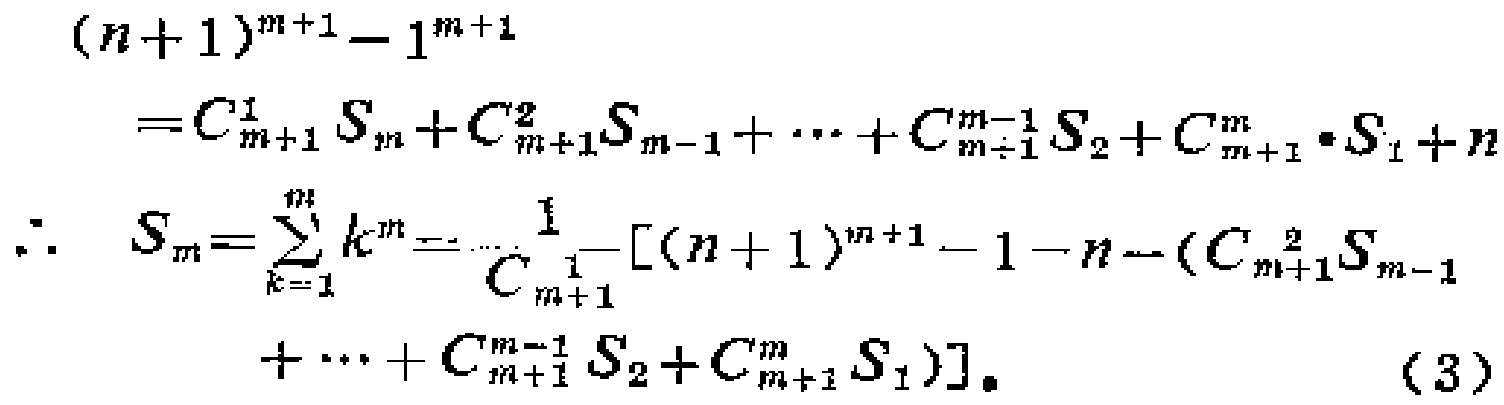
\[
\begin{align*}
(n + 1)^{m + 1}-1^{m + 1}&=C_{m + 1}^{1}S_{m}+C_{m + 1}^{2}S_{m - 1}+\cdots+C_{m + 1}^{m - 1}S_{2}+C_{m + 1}^{m}\cdot S_{1}+n\\
\therefore S_{m}=\sum_{k = 1}^{n}k^{m}&=\frac{1}{C_{m + 1}^{1}}[(n + 1)^{m + 1}-1 - n-(C_{m + 1}^{2}S_{m - 1}\\
&\quad+\cdots+C_{m + 1}^{m - 1}S_{2}+C_{m + 1}^{m}S_{1})].\quad(3)
\end{align*}
\]